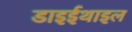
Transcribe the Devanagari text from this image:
डाइईथाइल